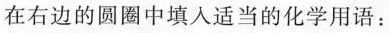
在右边的圆圈中填入适当的化学用语：